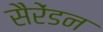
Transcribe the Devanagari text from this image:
सैरेंडन